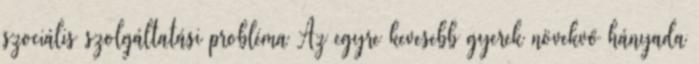
szociális szolgáltatási probléma Az egyre kevesebb gyerek növekvő hányada